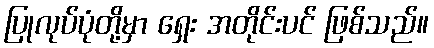
ပြုလုပ်ပုံတို့မှာ ရှေး အတိုင်းပင် ဖြစ်သည်။